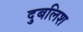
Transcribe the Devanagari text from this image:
दुबलिश